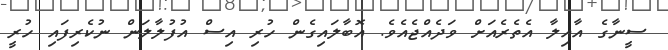
ސީނާގެ އާއިލާ އެތެރެއަށް ވަދެއްޖެއެވެ. އޮބާލައިގެން ހުރި އިސް އުފުލާލަން ނުކެރިފައި ހުރީ